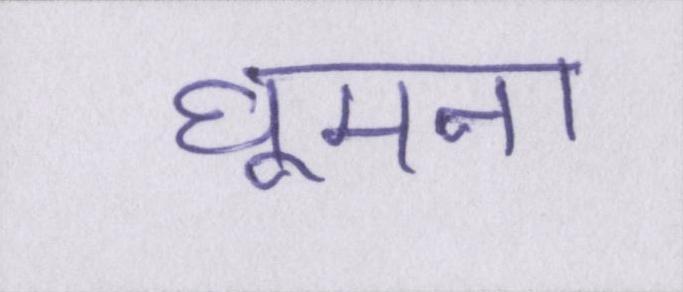
घूमना